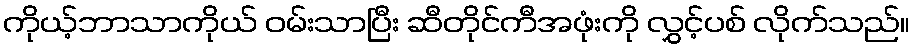
ကိုယ့်ဘာသာကိုယ် ဝမ်းသာပြီး ဆီတိုင်ကီအဖုံးကို လွှင့်ပစ် လိုက်သည်။